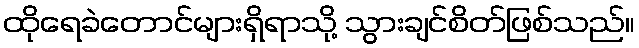
ထိုရေခဲတောင်များရှိရာသို့ သွားချင်စိတ်ဖြစ်သည်။